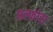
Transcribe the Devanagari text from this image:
अल्फोरा